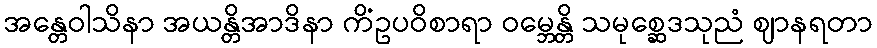
အန္တေဝါသိနာ အယန္တိအာဒိနာ ကိံဥပဝိစာရာ ဝမ္ဘေန္တိ သမုစ္ဆေဒသုညံ ဈာနရတာ